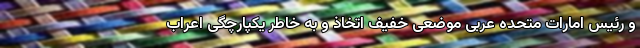
و رئیس امارات متحده عربی موضعی خفیف اتخاذ و به خاطر یکپارچگی اعراب